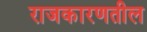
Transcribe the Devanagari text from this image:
राजकारणतील